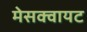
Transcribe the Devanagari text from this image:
मेसक्वायट